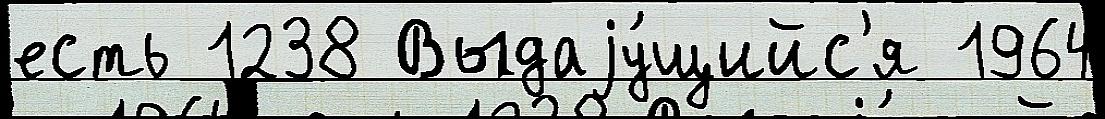
есть 1238 Выдаjу́щийс'я 1964